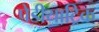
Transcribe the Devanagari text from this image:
पेडीयाट्रिक